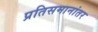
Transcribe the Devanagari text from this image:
प्रतिसमानांतर